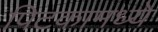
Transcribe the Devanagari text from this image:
पिटकामध्ये